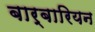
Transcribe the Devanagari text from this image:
बार्बारियन